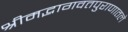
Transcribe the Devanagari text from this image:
श्रीमद्भागवतपुराणातले